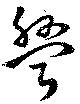
盤